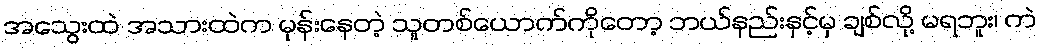
အသွေးထဲ အသားထဲက မုန်းနေတဲ့ သူတစ်ယောက်ကိုတော့ ဘယ်နည်းနှင့်မှ ချစ်လို့ မရဘူး၊ ကဲ